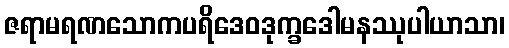
ဇရာမရဏသောကပရိဒေဝဒုက္ခဒေါမနဿုပါယာသာ၊